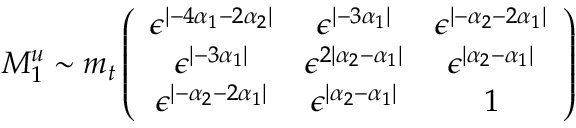
M _ { 1 } ^ { u } \sim m _ { t } \left( \begin{array} { c c c } { { \epsilon ^ { | - 4 \alpha _ { 1 } - 2 \alpha _ { 2 } | } } } & { { \epsilon ^ { | - 3 \alpha _ { 1 } | } } } & { { \epsilon ^ { | - \alpha _ { 2 } - 2 \alpha _ { 1 } | } } } \\ { { \epsilon ^ { | - 3 \alpha _ { 1 } | } } } & { { \epsilon ^ { 2 | \alpha _ { 2 } - \alpha _ { 1 } | } } } & { { \epsilon ^ { | \alpha _ { 2 } - \alpha _ { 1 } | } } } \\ { { \epsilon ^ { | - \alpha _ { 2 } - 2 \alpha _ { 1 } | } } } & { { \epsilon ^ { | \alpha _ { 2 } - \alpha _ { 1 } | } } } & { { 1 } } \end{array} \right)